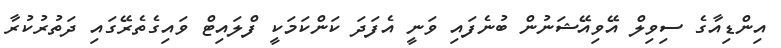
އިންޑިއާގެ ސިވިލް އޭވިއޭޝަނުން ބުނެފައި ވަނީ އެފަދަ ކަންކަމަކީ ފްލައިޓް ވައިގެތެރޭގައި ދަތުރުކުރާ